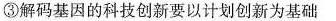
③解码基因的科技创新要以计划创新为基础